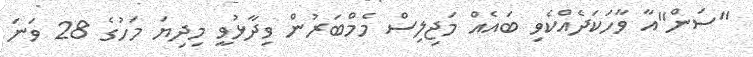
"ސަން"އާ ވާހަކަދެއްކެވި ބައެއް މަޖިލިސް މެމްބަރުން ވިދާޅުވީ މިދިޔަ މަހުގެ 28 ވަނަ